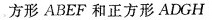
方形ABEF和正方形ADGH